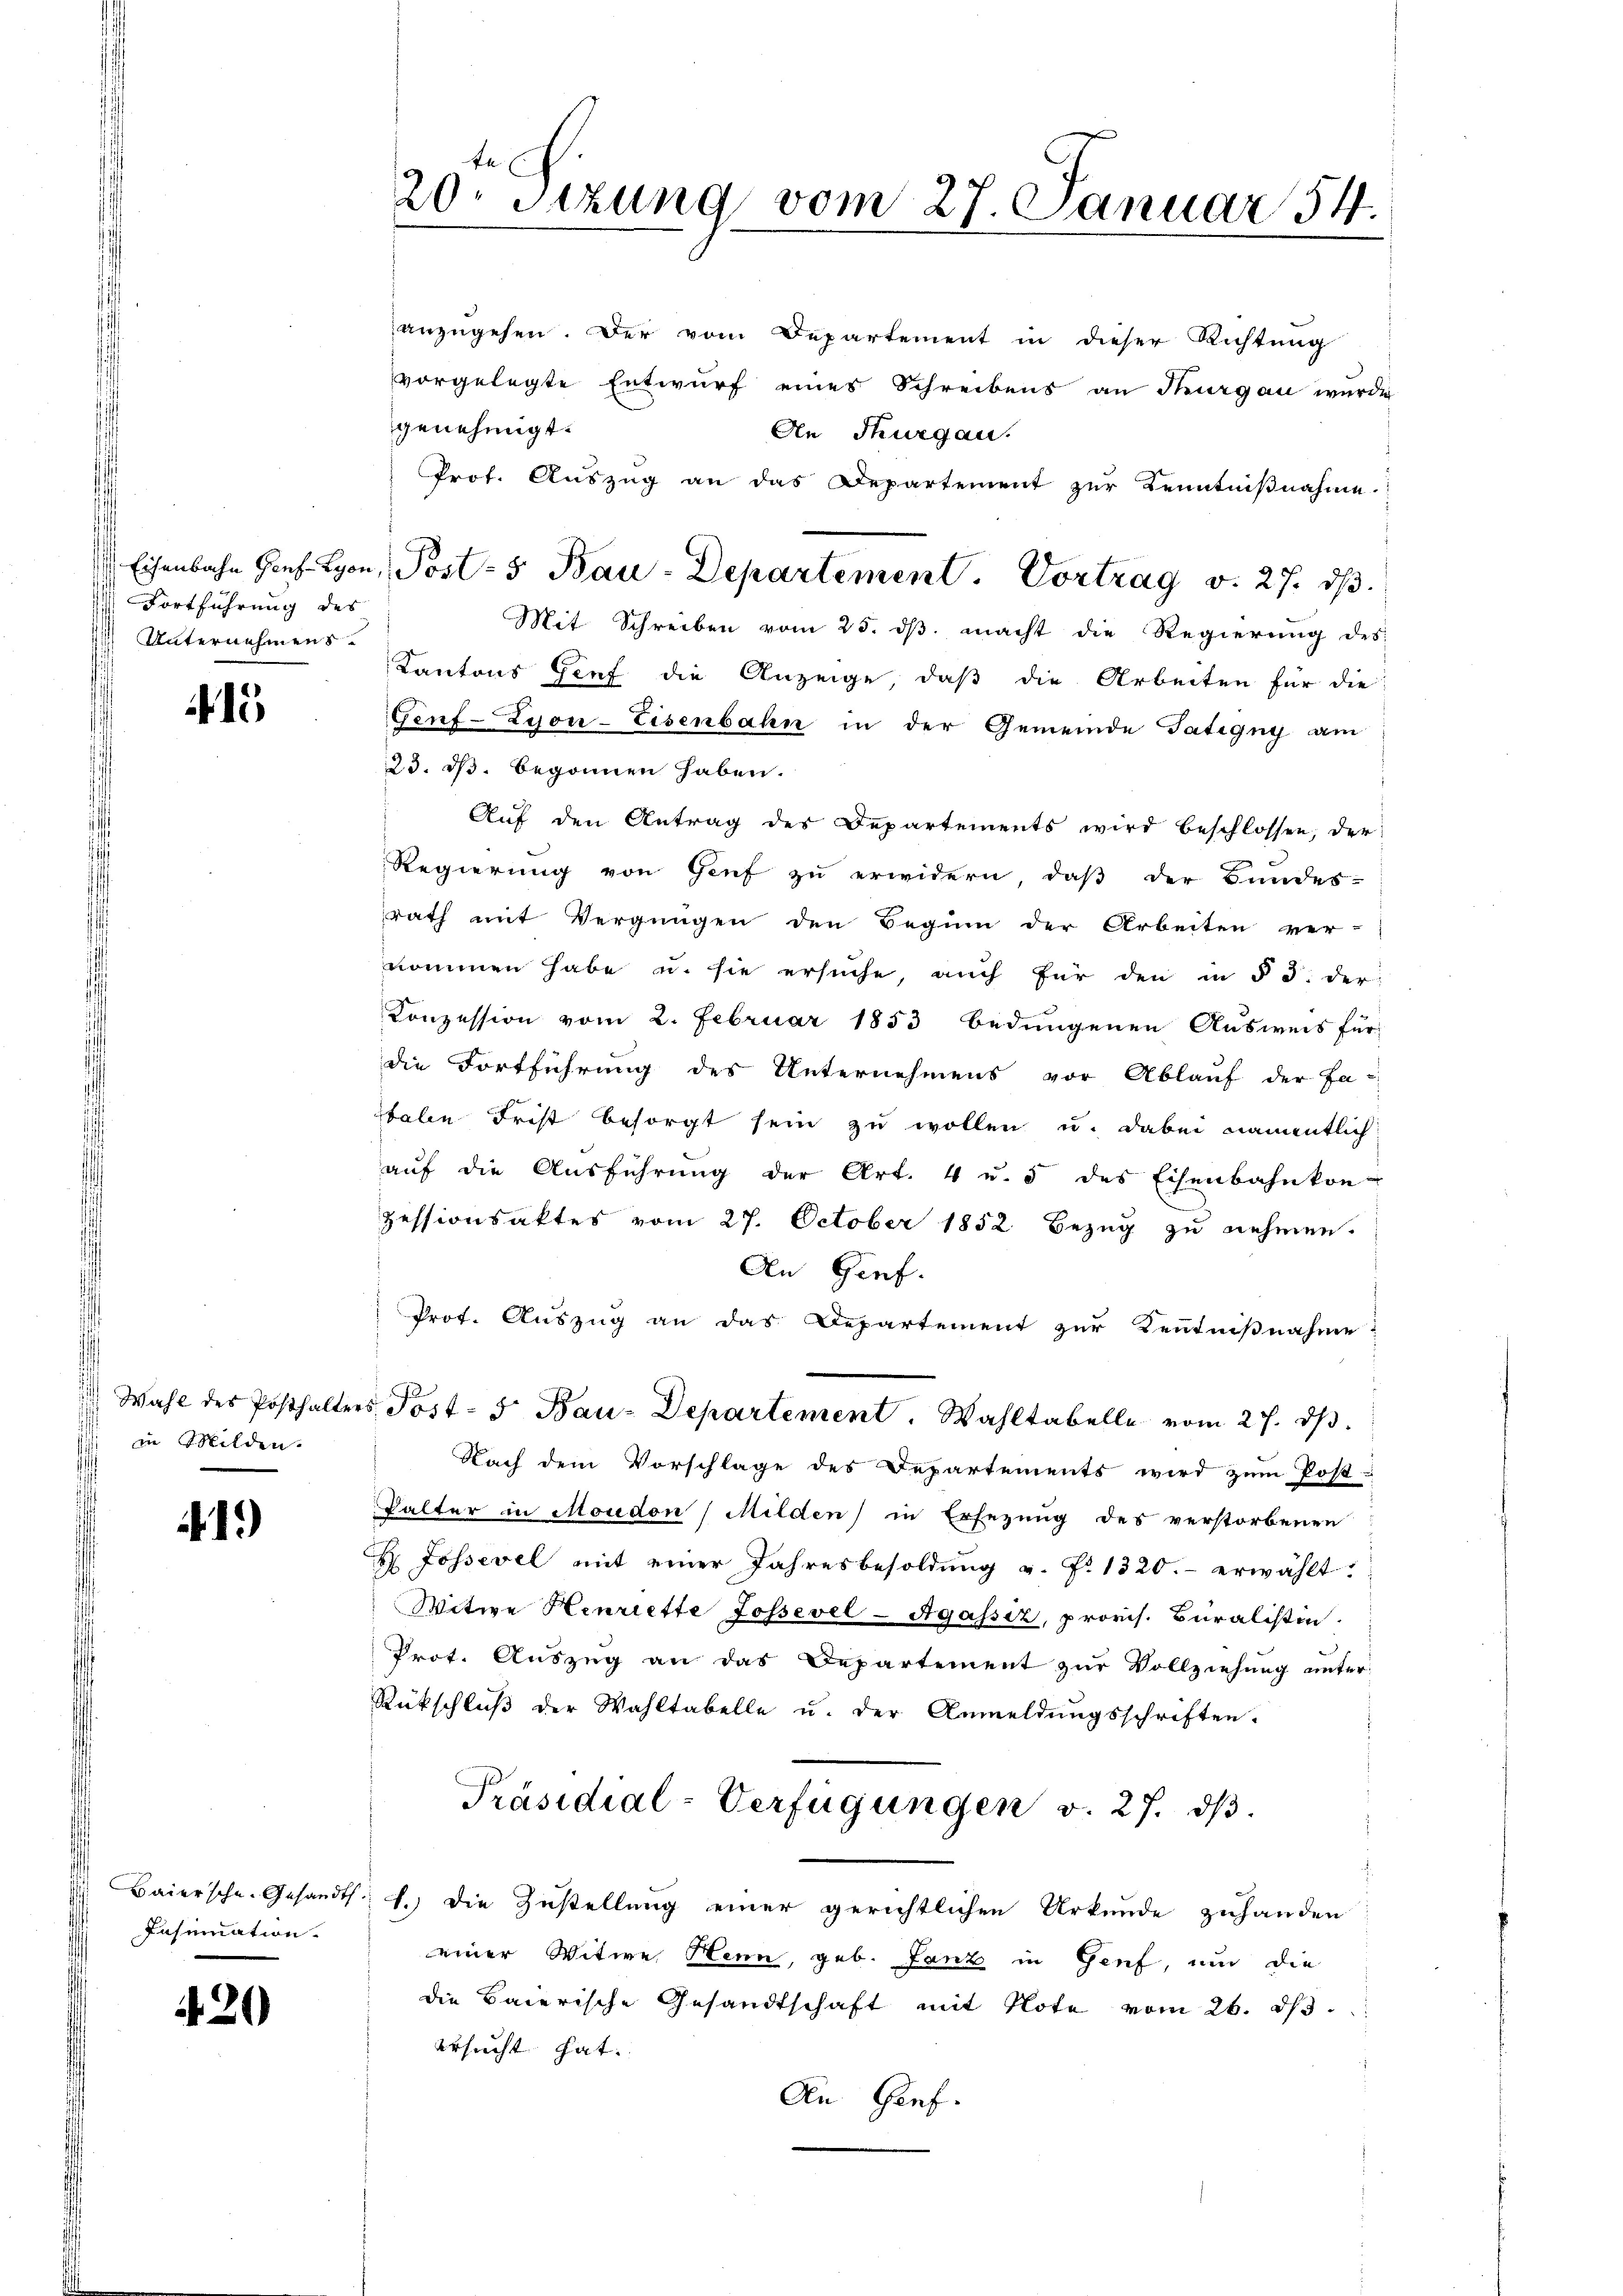
Fortführung des
 Unternehmens.

1

s in Milden.

19)

Insinuation.

420

20ten Sizung vom 27. Januar 54.

anzugehen. Der vom Departement in dieser Richtung
vorgelegte Entwurf eines Schreibens an Thurgau wurde
genehmigt.
An Thurgau.
Prof. Auszug an das Departement zur Kenntnißnahme.
Mit Schreiben vom 25. dβ macht die Regierung des
Kantons Genf die Anzeige, daß die Arbeiten für die
Genf-Zyon-Eisenbahn in der Gemeinde Tätigny am
23. ds. begonnen haben.
Auf den Antrag des Departements wird beschlossen, der
Regierung von Genf zu erwidern, daß der Bundes-
rath mit Vergnügen den Beginn der Arbeiten ver-
kommen habe u. sie ersuche, auch für den in § 5. der
Conzession vom 2. Februar 1853 bedungenen Ausweis für
die Fortführung des Unternehmens vor Ablaŭf der Fac
staben Frist besorgt sein zu wollen u. dabei namentlich
aŭf die Aŭsführŭng der Art. 4 u. 5 des Eisenbahnkon-
zessionsaktes vom 27. October 1852 Bezug zu nehmen.
An Genf.
Prot. Auszug an das Departement zur Kenntnißnahme:
 Wahl des Posthalters Post- 5 Bau-Departement. Wahltabelle vom 27. dβ.
Nach dem Vorschlage des Departements wird zum Post-
Valter in Moudon (Milden) in Ersezung des verstorbenen
H. Jossevel mit einer Jahresbesoldŭng v. Fr. 1320.- erwählt:
Witwe Henriette Jossevel-Agassiz, provis. Buralistin
Prot. Auszug an das Departement zur Vollziehung unter
Rückschluß der Wahltabelle u. der Anmeldungsschriften.
Präsidial-Verfügungen v. 27. dβ.
 Baiersche. Gesandts. f.) die Zustellung einer gerichtlichen Urkunde zuhanden
einer Witwe Henn, geb. Tanz in Genf, und die
die Baierische Gesandtschaft mit Note vom 26. ds.
ersucht hat.
An Genf.

Eisenbahn Hof Lyon, Post-5 Bau-Departement. Vortrag v. 27. dβ.